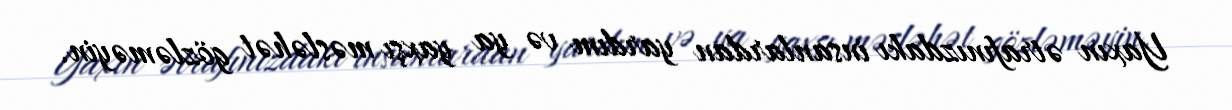
Yaxın ətrafınızdakı insanlardan yardım və ya yaxşı məsləhət gözləməyin.